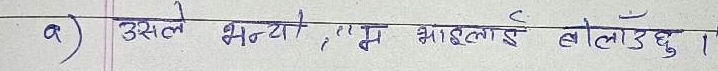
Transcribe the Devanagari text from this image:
उसले भन्यो, "म भाइलाई बोलाउँछु।"